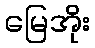
မြေအိုး